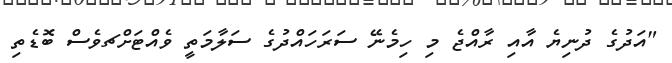
"އަދުގެ ދުނިޔެ އާއި ރާއްޖެ މި ހިމެނޭ ސަރަހައްދުގެ ސަލާމަތީ ވެއްޓަށްޗވެސް ބޮޑެތި